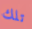
تلك